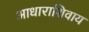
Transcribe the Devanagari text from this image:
आधाराशिवाय